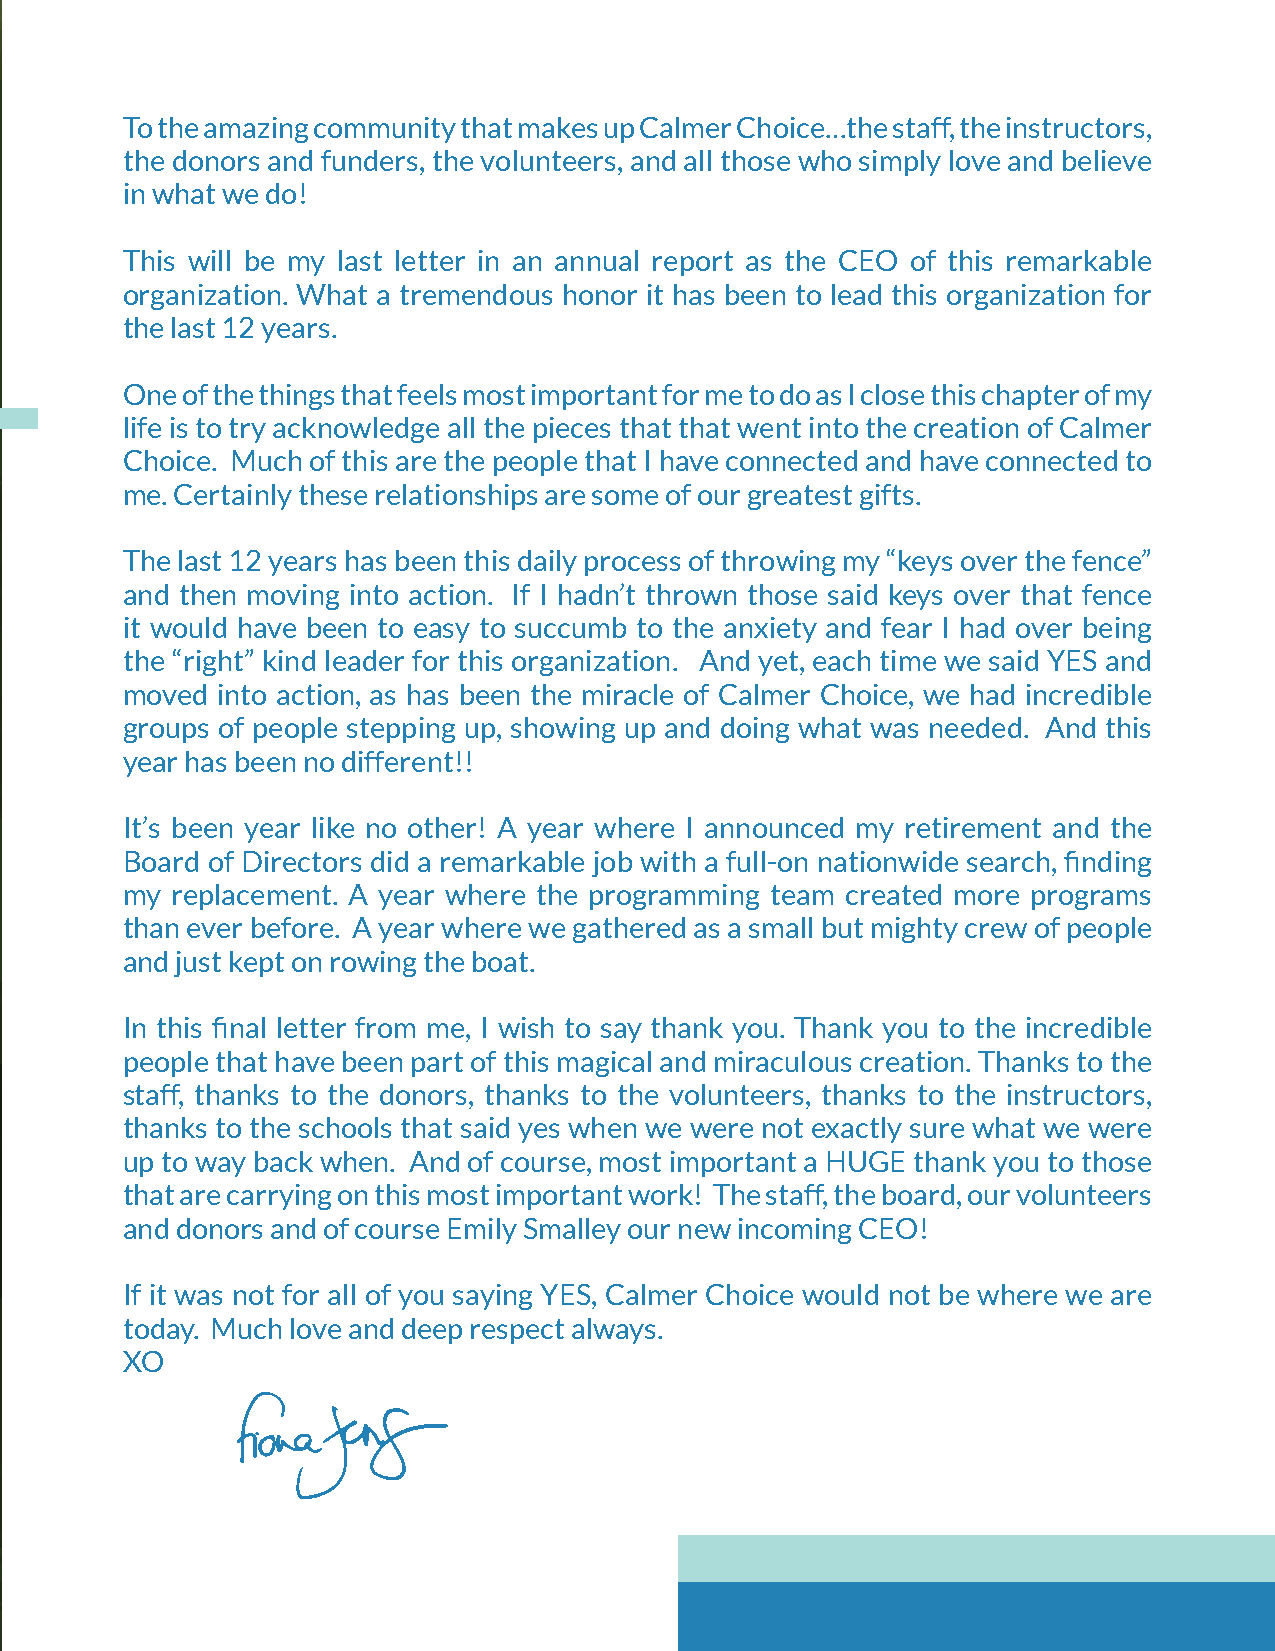
A Message Of Gratitude
 To the amazing community that makes up Calmer Choice…the staff, the instructors,
 the donors and funders, the volunteers, and all those who simply love and believe
 in what we do!
 This will be my last letter in an annual report as the CEO of this remarkable
 organization. What a tremendous honor it has been to lead this organization for
 the last 12 years.
 One of the things that feels most important for me to do as I close this chapter of my
 life is to try acknowledge all the pieces that that went into the creation of Calmer
 Choice. Much of this are the people that I have connected and have connected to
 me. Certainly these relationships are some of our greatest gifts.
 The last 12 years has been this daily process of throwing my “keys over the fence”
 and then moving into action. If I hadn’t thrown those said keys over that fence
 it would have been to easy to succumb to the anxiety and fear I had over being
 the “right” kind leader for this organization. And yet, each time we said YES and
 moved into action, as has been the miracle of Calmer Choice, we had incredible
 groups of people stepping up, showing up and doing what was needed. And this
 year has been no different!!
 It’s been year like no other! A year where I announced my retirement and the
 Board of Directors did a remarkable job with a full-on nationwide search, finding
 my replacement. A year where the programming team created more programs
 than ever before. A year where we gathered as a small but mighty crew of people
 and just kept on rowing the boat.
 In this final letter from me, I wish to say thank you. Thank you to the incredible
 people that have been part of this magical and miraculous creation. Thanks to the
 staff, thanks to the donors, thanks to the volunteers, thanks to the instructors,
 thanks to the schools that said yes when we were not exactly sure what we were
 up to way back when. And of course, most important a HUGE thank you to those
 that are carrying on this most important work! The staff, the board, our volunteers
 and donors and of course Emily Smalley our new incoming CEO!
 If it was not for all of you saying YES, Calmer Choice would not be where we are
 today. Much love and deep respect always.
 XO